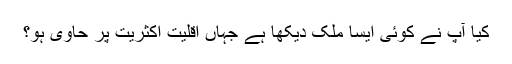
کیا آپ نے کوئی ایسا ملک دیکھا ہے جہاں اقلیت اکثریت پر حاوی ہو؟